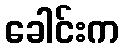
ခေါင်းက